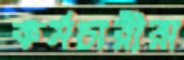
কর্মচারীরা